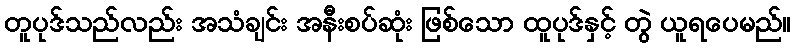
တူပုဒ်သည်လည်း အသံချင်း အနီးစပ်ဆုံး ဖြစ်သော ထူပုဒ်နှင့် တွဲ ယူရပေမည်။